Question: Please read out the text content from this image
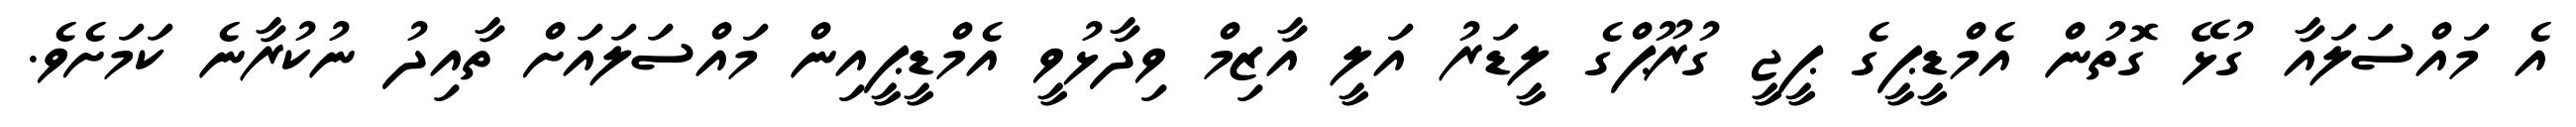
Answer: އެ މައްސަލައާ ގުޅޭ ގޮތުން އެމްޑީޕީގެ ޕީޖީ ގުރޫޕްގެ ލީޑަރު އަލީ އާޒިމް ވިދާޅުވީ އެމްޑީޕީއިން މައްސަލައަށް ތާއިދު ނުކުރާނެ ކަމަށެވެ.